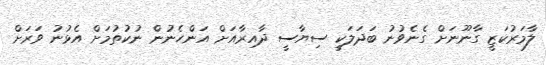
ލާމަރުކަޒީ ގާނޫނަށް ގެނެވުނު ބަދަލަކީ ސިޔާސީ ދާއިރާއަށް އަންހެނުން ނުކުތުމަށް އެޅުނު ވަރަށް